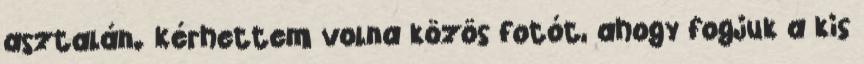
asztalán. Kérhettem volna közös fotót, ahogy fogjuk a kis